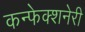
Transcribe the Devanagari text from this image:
कन्फेक्शनेरी